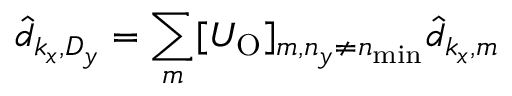
\hat { d } _ { k _ { x } , D _ { y } } = \sum _ { m } [ U _ { \mathrm { O } } ] _ { m , n _ { y } \ne n _ { \mathrm { m i n } } } \hat { d } _ { k _ { x } , m }